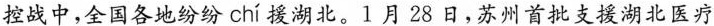
控战中，全国各地纷纷 chí 援湖北。1月28日，苏州首批支援湖北医疗